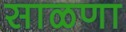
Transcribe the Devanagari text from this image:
साळणा